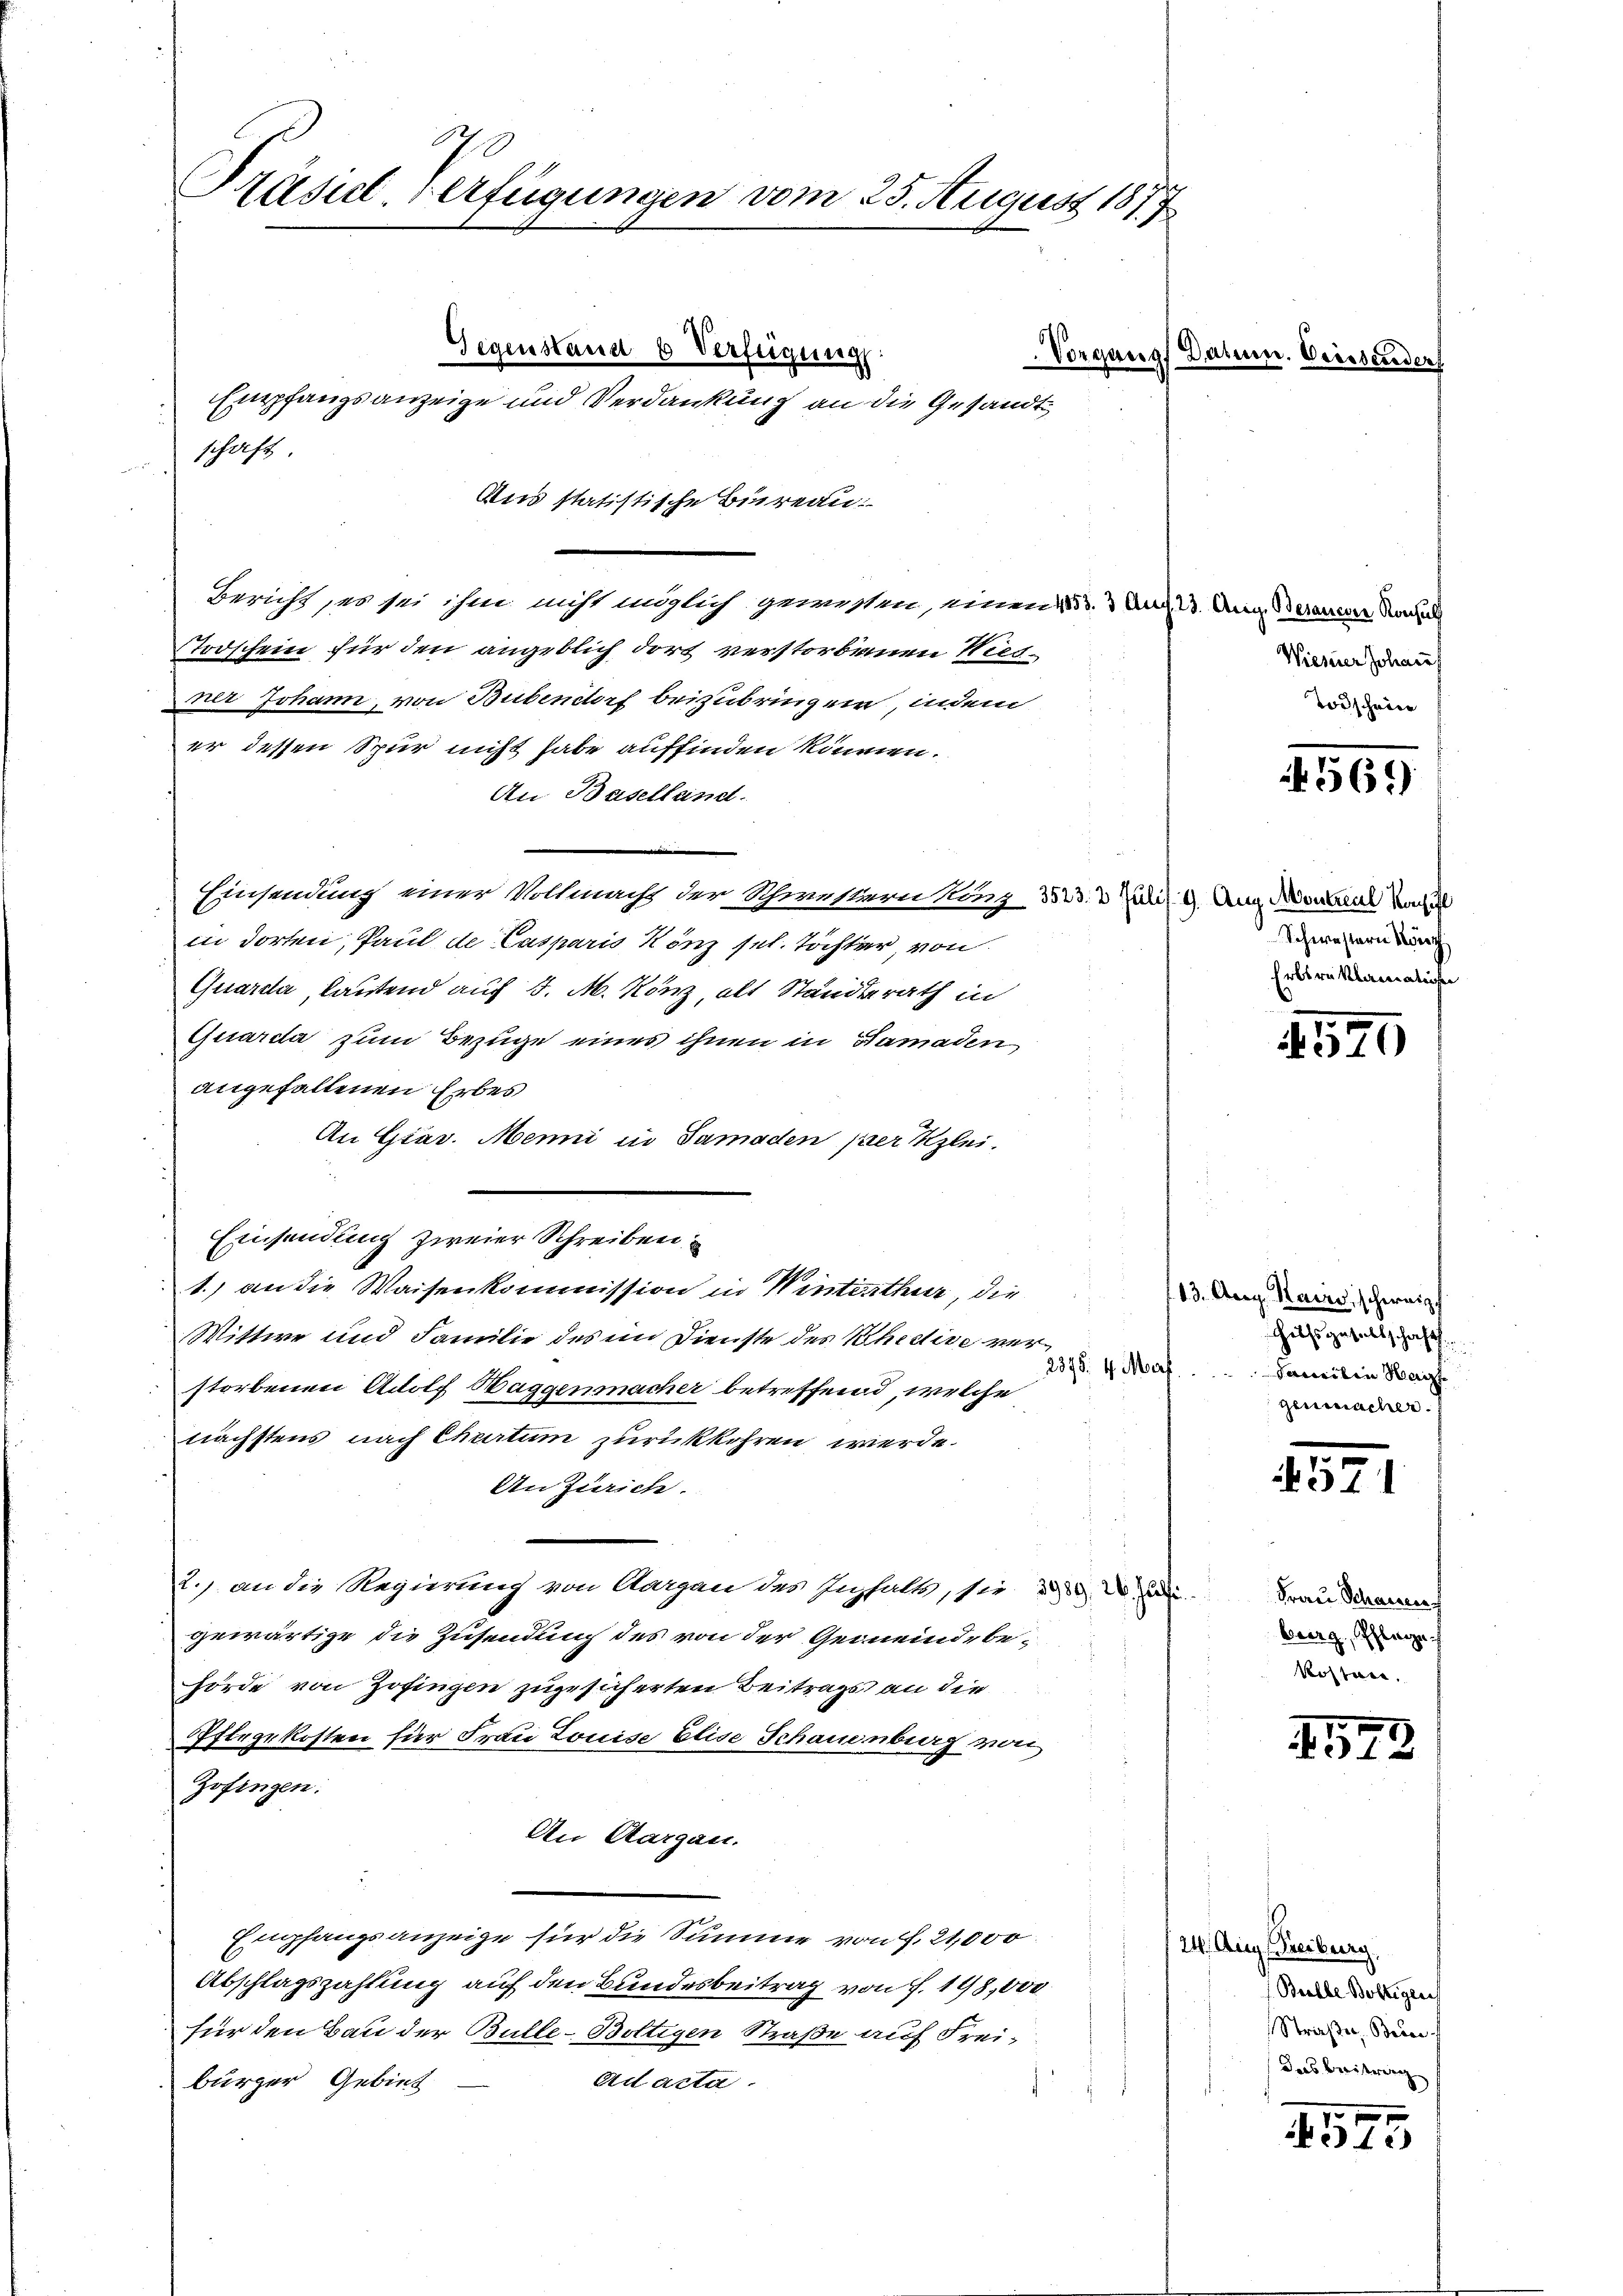
Präsid. Verfügungen vom 25. August 1877

schaft.
1

Gegenstand 6 Verfügung:
Empfangsanzeige und Verdankung an die Gesandt¬
Aus statistische Büreau.
Bericht, es sei ihm nicht möglich gewissen, einen 153. 3 Aug. 23. Aug. Berauen Nachl
Todschein für den angeblich dort verstorbenen Wies
ner Johann, von Bubendorf beizubringen, indem
er dessen Spur nicht habe auffinden können.
An Baselland.
Einsendung einer Vollmacht der Schwestern Kanz. 3533. 3 Juli l. 9. Aug. Montal Radel
in dorten, Paul de Casparis Rönz sel. Töchter von
Quarda, lautend auf 5. M. Könz, als Standsrath in
Quarda zum Bezuge eines ihnen in Stamaden
angefallenen Erbes
An Giar. Menni in Samaden per Klei¬
Einsendung zweier Schreiben
1.) an die Waisenkommission in Winterthur, die
Wittwe und Familie des im Dienste des Rhective ver¬
2398. 4. Mars
storbenen Adolf Haggenmacher betreffend, welche
nächstens nach Churtum zurückkehren werde.
An Zürich.
2.) an die Regierung von Aargau des Inhalts, sie un
gewärtige die Zusendung des von der Gemeindebehörde von Zofingen zugesicherten Beitrags an die
Pflegekosten für Frau Louise Elise Schauenberg von
Zofingen:
An Aargau.
Empfangsanzeige für die Summe von f. 21,000
Abschlagszahlung auf den Bundesbeitrag von S. 198,000
für den Bau der Bulle-Boltigen Straße auf Frei-
burger Gebiet
Ad acta.

Vorgang Dat

s

Diess

Wieserer Johann
Todscheine

1569

1570

4571

Schwestern Mört
Erbsreklamatichen

13. Aug. Kairs, schweiz
Hitsgesellschaft
Samilin Mai
genmacher.

Frau Schaueres
burg, Schlage
kosten.

4542

24. Aug. Freiburg.
 Bulle Boltigen
Straße, Bun
das Beitrag

1575